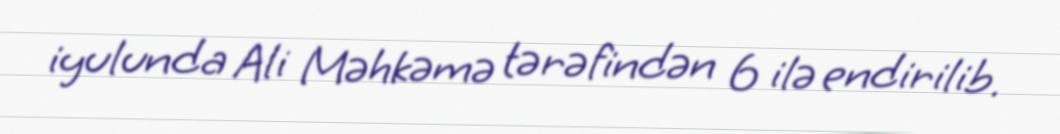
iyulunda Ali Məhkəmə tərəfindən 6 ilə endirilib.